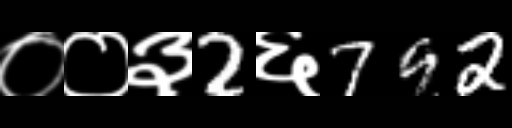
Text: ००३2६792